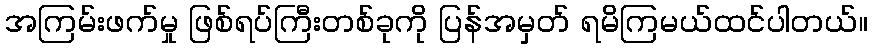
အကြမ်းဖက်မှု ဖြစ်ရပ်ကြီးတစ်ခုကို ပြန်အမှတ် ရမိကြမယ်ထင်ပါတယ်။